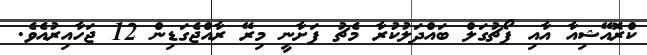
ކްރޮއޭޝިއާ އާއި ޕޯޗުގަލް ބައްދަލުކުރާ މެޗު ފަށާނީ މިރޭ ރާއްޖެގަޑިން 12 ޖަހާއިރުއެވެ.